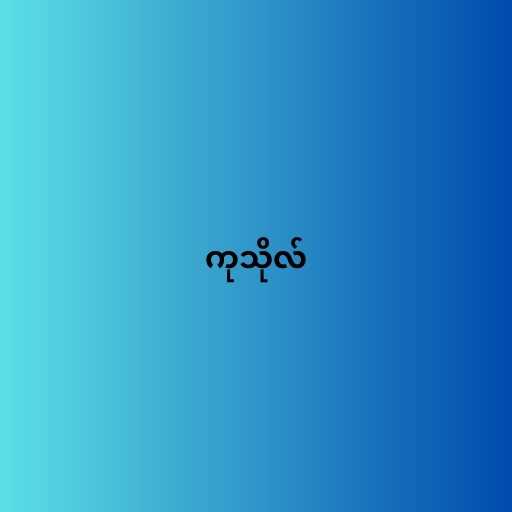
ကုသိုလ်